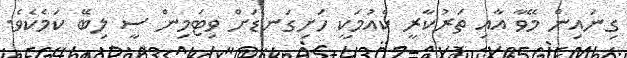
ގިނައިން މޭވާ އާއި ތަރުކާރީ ކެއުމަކީ ހަށިގަނޑަށް ވިޓަމިން ސީ ލިބޭ ކަމެކެވެ.